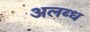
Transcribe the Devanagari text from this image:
अलब्ध